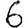
Digit: 6